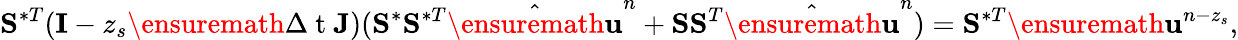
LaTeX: \mathbf{S}^{\ast T}(\mathbf{I}-z_{s}\ensuremath{\Delta\mathrm{~t~}}\mathbf{J})(\mathbf{S}^{\ast}\mathbf{S}^{\ast T}\hat{\ensuremath{\mathbf{u}}}^{n}+\mathbf{S}\mathbf{S}^{T}\hat{\ensuremath{\mathbf{u}}}^{n})=\mathbf{S}^{\ast T}\ensuremath{\mathbf{u}}^{n-z_{s}},